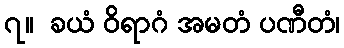
၇။  ခယံ ဝိရာဂံ အမတံ ပဏီတံ၊